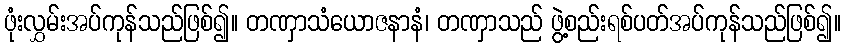
ဖုံးလွှမ်းအပ်ကုန်သည်ဖြစ်၍။ တဏှာသံယောဇနာနံ၊ တဏှာသည် ဖွဲ့စည်းရစ်ပတ်အပ်ကုန်သည်ဖြစ်၍။